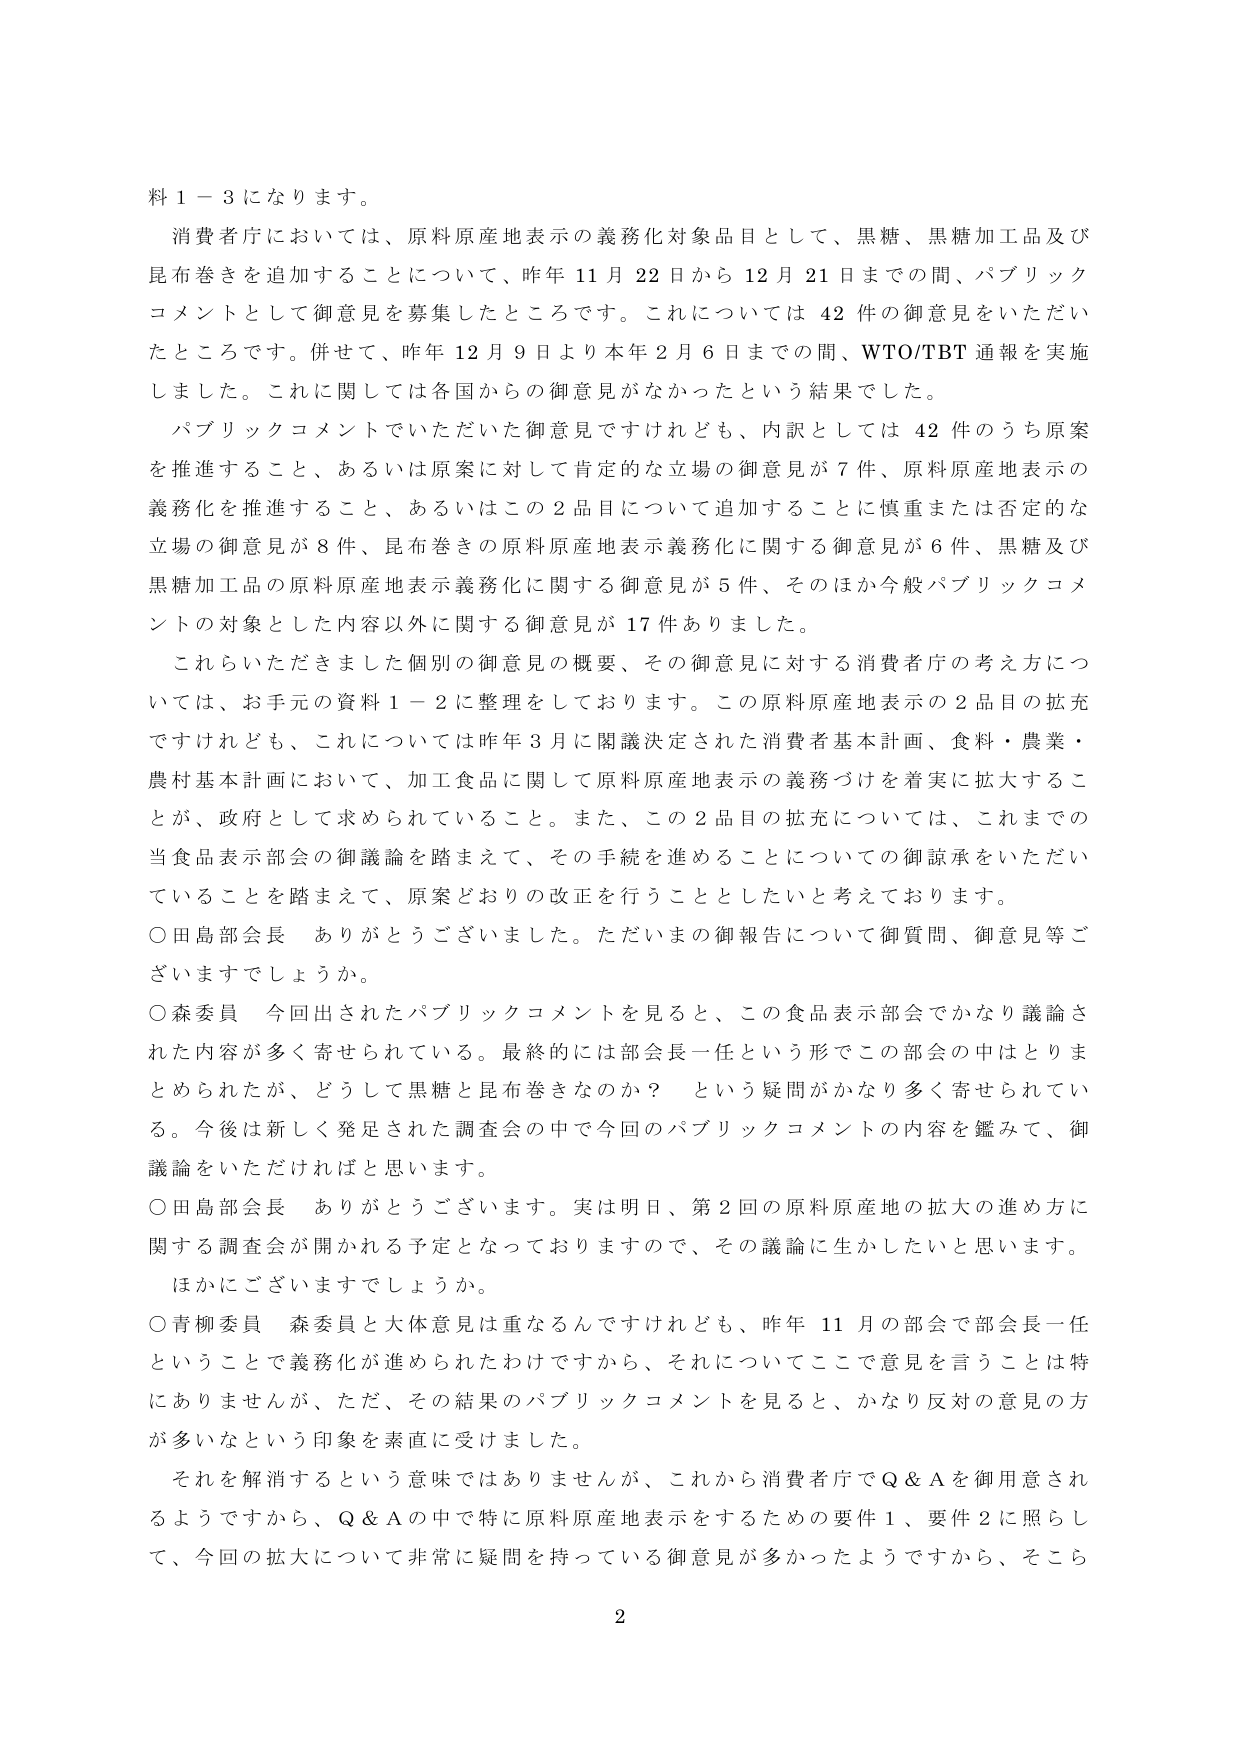
料１－３になります。

消費者庁においては、原料原産地表示の義務化対象品目として、黒糖、黒糖加工品及び昆布巻きを追加することについて、昨年11月22日から12月21日までの間、パブリックコメントとして御意見を募集したところです。これについては42件の御意見をいただいたところです。併せて、昨年12月9日より本年2月6日までの間、WTO/TBT通報を実施しました。これに関しては各国からの御意見がなかったという結果でした。

パブリックコメントでいただいた御意見ですけれども、内訳としては42件のうち原案を推進すること、あるいは原案に対して肯定的な立場の御意見が7件、原料原産地表示の義務化を推進すること、あるいはこの2品目について追加することに慎重または否定的な立場の御意見が8件、昆布巻きの原料原産地表示義務化に関する御意見が6件、黒糖及び黒糖加工品の原料原産地表示義務化に関する御意見が5件、そのほか今般パブリックコメントの対象とした内容以外に関する御意見が17件ありました。

これらいただきました個別の御意見の概要、その御意見に対する消費者庁の考え方については、お手元の資料１－２に整理しております。この原料原産地表示の2品目の拡充ですけれども、これについては昨年3月に閣議決定された消費者基本計画、食料・農業・農村基本計画において、加工食品に関して原料原産地表示の義務づけを着実に拡大することが、政府として求められていること。また、この2品目の拡充については、これまでの当食品表示部会の御議論を踏まえて、その手続を進めることについての御諒承をいただいていることを踏まえて、原案どおりの改正を行うこととしたいと考えております。

○田島部会長　ありがとうございます。ただいまの御報告について御質問、御意見等ございますでしょうか。

○森委員　今回出されたパブリックコメントを見ると、この食品表示部会でかなり議論された内容が多く寄せられている。最終的には部会長一任という形でこの部会の中はとりまとめられたが、どうして黒糖と昆布巻きなのか？　という疑問がかなり多く寄せられている。今後は新しく発足された調査会の中で今回のパブリックコメントの内容を鑑みて、御議論をいただければと思います。

○田島部会長　ありがとうございます。実は明日、第2回の原料原産地の拡大の進め方に関する調査会が開かれる予定となっておりますので、その議論に生かしたいと思います。ほかにございますでしょうか。

○青柳委員　森委員と大体意見は重なるんですけれども、昨年11月の部会で部会長一任ということで義務化が進められたわけですから、それについてここで意見を言うことは特にありませんが、ただ、その結果のパブリックコメントを見ると、かなり反対の意見の方が多いなという印象を素直に受けました。

それを解消するという意味ではありませんが、これから消費者庁でQ＆Aを御用意されるようですから、Q＆Aの中で特に原料原産地表示をするための要件1、要件2に照らして、今回の拡大について非常に疑問を持っている御意見が多かったようですから、そこら

2